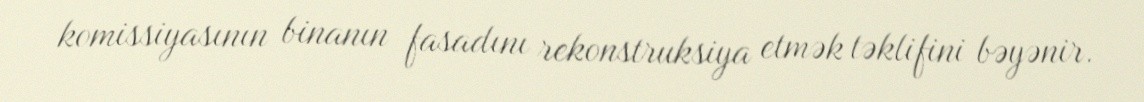
komissiyasının binanın fasadını rekonstruksiya etmək təklifini bəyənir.